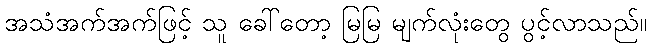
အသံအက်အက်ဖြင့် သူ ခေါ်တော့ မြမြ မျက်လုံးတွေ ပွင့်လာသည်။